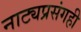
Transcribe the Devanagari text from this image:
नाट्यप्रसंगही